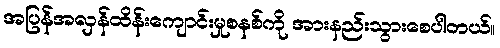
အပြန်အလှန်ထိန်းကျောင်းမှုစနစ်ကို အားနည်းသွားစေပါတယ်။